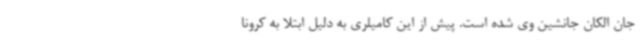
جان الکان جانشین وی شده است. پیش از این کامیلری به دلیل ابتلا به کرونا